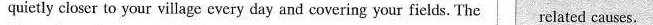
quietly closer to your village every day and covering your fields. The related causes.